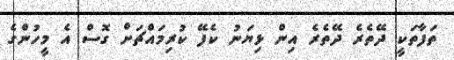
ތަފާތަކީ ދޭތެރެ ދޭތެރެ އިން ޅިޔަނު ކެފޭ ކުރިމައްޗަށް ގޮސް އެ މީހުންގެ